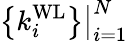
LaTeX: \left\{ k_{i}^{\mathrm{WL}}\right\} \big|_{i=1}^{N}